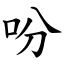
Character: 吩